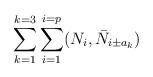
LaTeX: \begin{align*}\sum_{k=1}^{k=3} \sum_{i=1}^{i=p} (N_i, \bar{N}_{i \pm a_k})\end{align*}